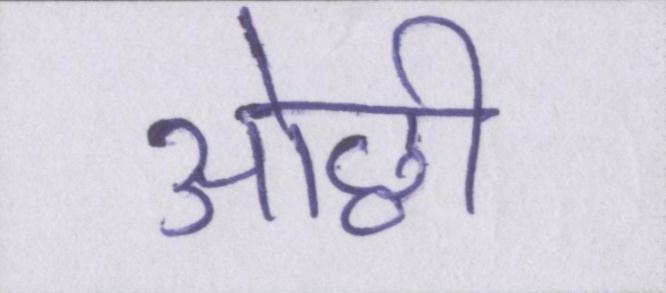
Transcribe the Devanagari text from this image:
ओछी